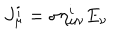
J _ { \mu } ^ { i } = \sigma \eta _ { \mu \nu } ^ { i } E _ { \nu }